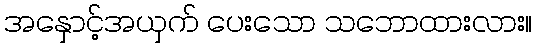
အနှောင့်အယှက် ပေးသော သဘောထားလား။